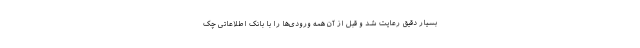
بسیار دقیق رعایت شد و قبل از آن همه ورودی‌ها را با بانک اطلاعاتی چک